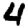
Digit: 4